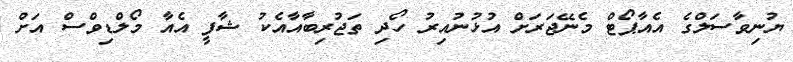
ޔުނިވާސަލްގެ އެއާޕޯޓް މެނޭޖަރަށް އުޅުނުއިރު ހޯދި ތަޖުރިބާއާއެކު ޝާފީ އެއާ މޯލްޑިވްސް އަށް